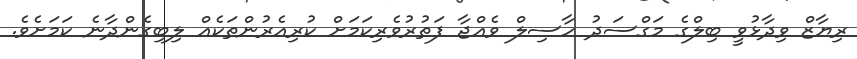
ރިޔާޒް ވިދާޅުވީ ބިލްގެ މަގްސަދު ހާސިލް ވެއްޖާ ފަތުރުވެރިކަމަށް ކުރިއެރުންތަކެއް ލިބިގެންދާނެ ކަމަށެވެ.